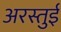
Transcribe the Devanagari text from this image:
अरस्तुई